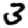
Digit: 3